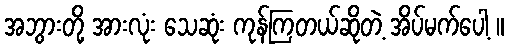
အဘွားတို့ အားလုံး သေဆုံး ကုန်ကြတယ်ဆိုတဲ့ အိပ်မက်ပေါ့ ။